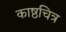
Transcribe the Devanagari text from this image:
काष्ठचित्र